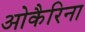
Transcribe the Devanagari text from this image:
ओकैरिना